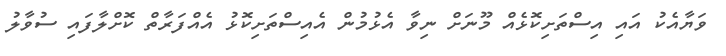
ވަޔާއެކު އައި އިސްތަށިކޮޅެއް މޫނަށް ނިވާ އެޅުމުން އެއިސްތަށިކޮޅު އެއްފަރާތް ކޮށްލާފައި ސުވާލު